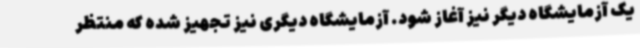
یک آزمایشگاه دیگر نیز آغاز شود. آزمایشگاه دیگری نیز تجهیز شده که منتظر